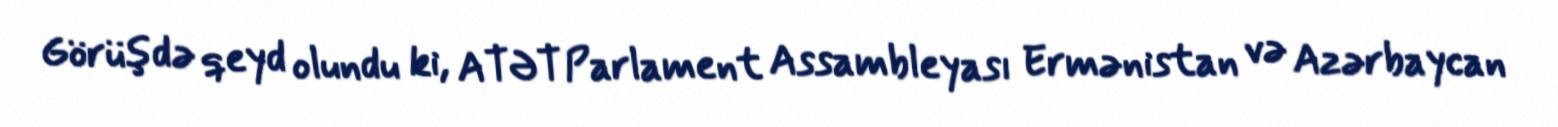
Görüşdə qeyd olundu ki, ATƏT Parlament Assambleyası Ermənistan və Azərbaycan